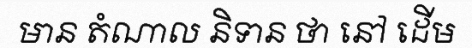
មាន តំណាល និទាន ថា នៅ ដើម